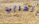
العربي